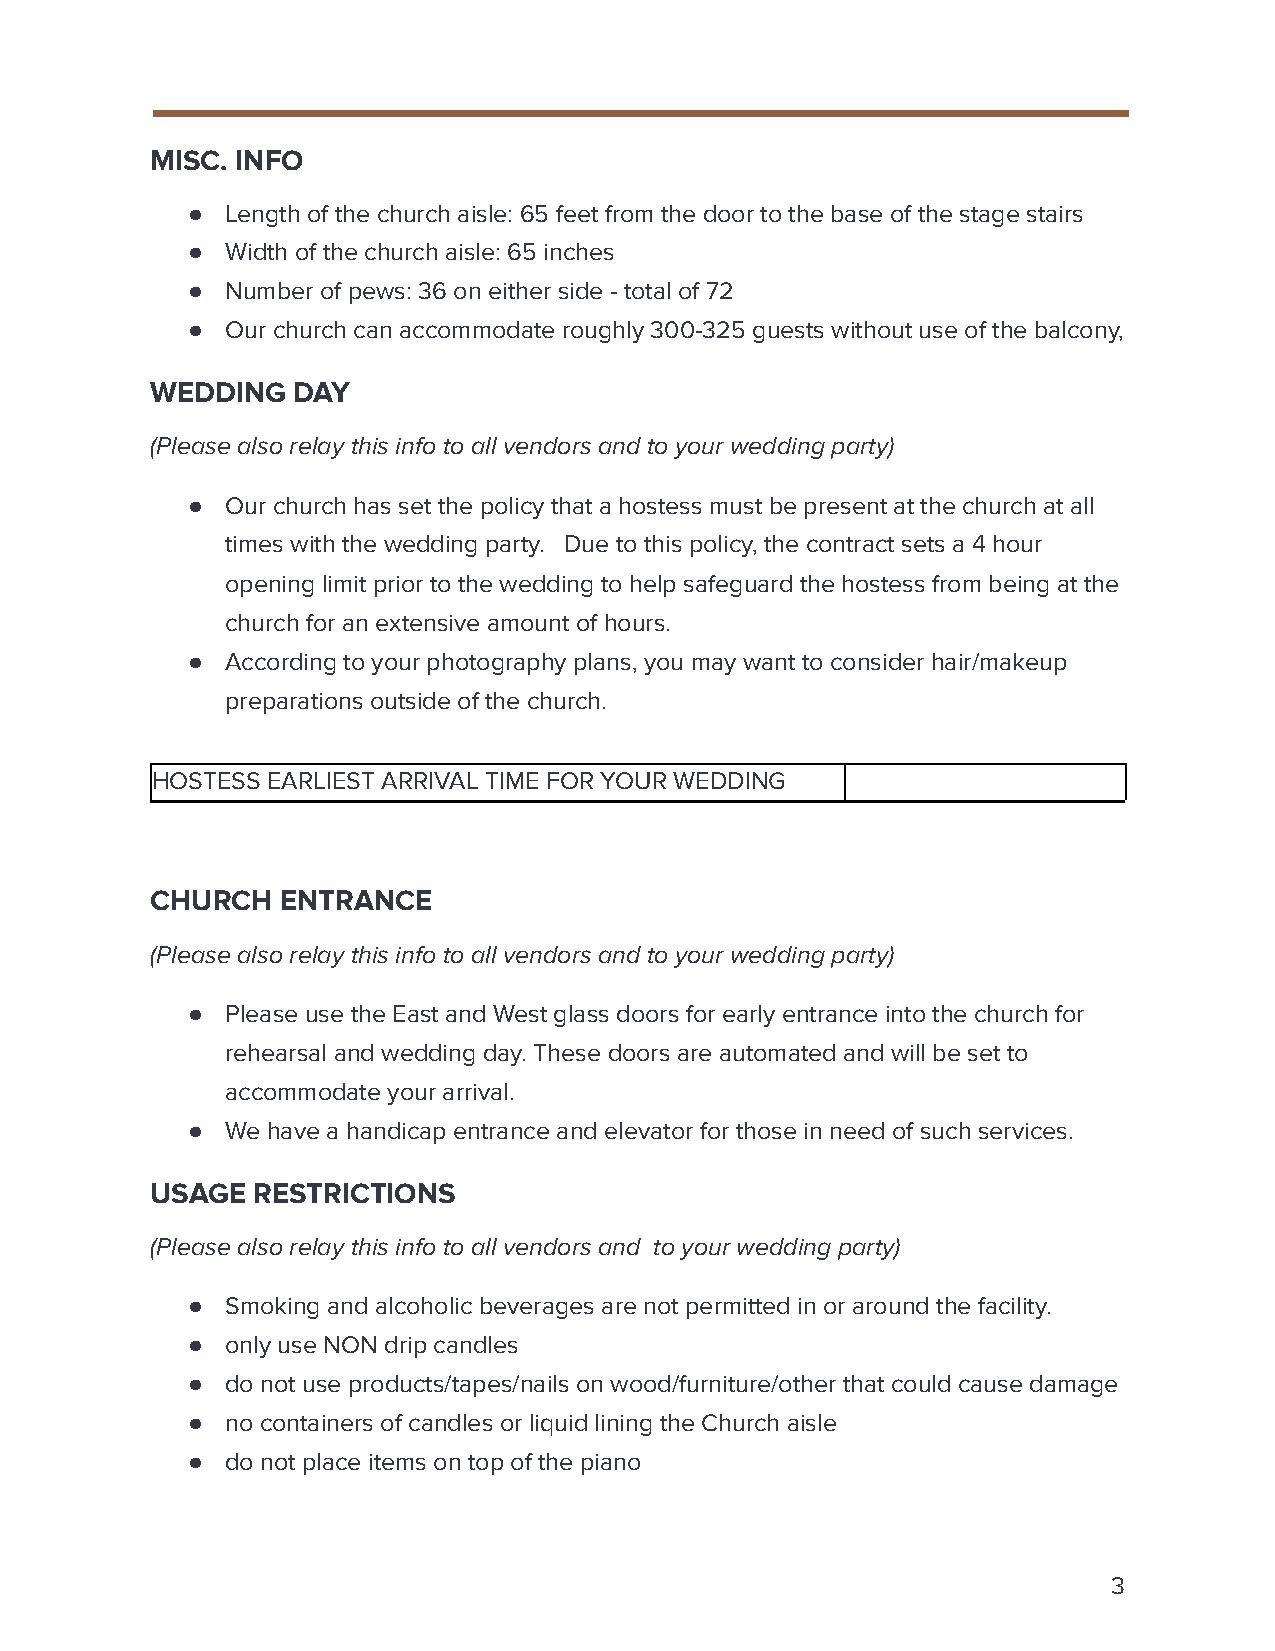
MISC. INFO
 ●  Length of the church aisle: 65 feet from the door to the base of the stage stairs
 ●  Width of the church aisle: 65 inches
 ●  Number of pews: 36 on either side - total of 72
 ●  Our church can accommodate roughly 300-325 guests without use of the balcony,
 WEDDING  DAY
 (Please also relay this info to all vendors and to your wedding party)
 ●  Our church has set the policy that a hostess must be present at the church at all
 times with the wedding party. Due to this policy, the contract sets a 4 hour
 opening limit prior to the wedding to help safeguard the hostess from being at the
 church for an extensive amount of hours.
 ●  According to your photography plans, you may want to consider hair/makeup
 preparations outside of the church.
 HOSTESS EARLIEST ARRIVAL TIME FOR YOUR WEDDING
 CHURCH   ENTRANCE
 (Please also relay this info to all vendors and to your wedding party)
 ●  Please use the East and West glass doors for early entrance into the church for
 rehearsal and wedding day. These doors are automated and will be set to
 accommodate your arrival.
 ●  We have a handicap entrance and elevator for those in need of such services.
 USAGE  RESTRICTIONS
 (Please also relay this info to all vendors and to your wedding party)
 ●  Smoking and alcoholic beverages are not permitted in or around the facility.
 ●  only use NON drip candles
 ●  do not use products/tapes/nails on wood/furniture/other that could cause damage
 ●  no containers of candles or liquid lining the Church aisle
 ●  do not place items on top of the piano
 3